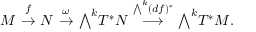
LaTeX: M \ { \stackrel { f } { \to } } \ N \ { \stackrel { \omega } { \to } } \ { \textstyle \bigwedge } ^ { k } T ^ { * } N \ { \stackrel { { \bigwedge } ^ { k } ( d f ) ^ { * } } { \longrightarrow } } \ { \textstyle \bigwedge } ^ { k } T ^ { * } M .